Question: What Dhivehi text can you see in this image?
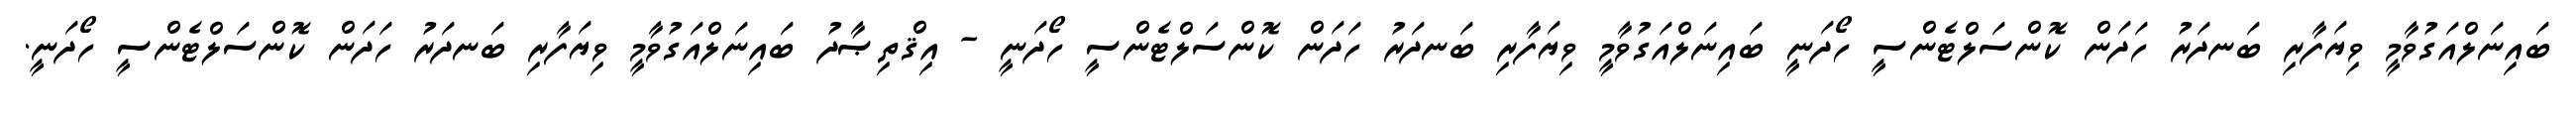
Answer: ބައިނަލްއަގުވާމީ ވިޔަފާރި ބަނދަރު ހަދަން ކޮންސަލްޓެންސީ ހޯދަނީ ބައިނަލްއަގުވާމީ ވިޔަފާރި ބަނދަރު ހަދަން ކޮންސަލްޓެންސީ ހޯދަނީ - އިޤްތިޞާދު ބައިނަލްއަގުވާމީ ވިޔަފާރި ބަނދަރު ހަދަން ކޮންސަލްޓެންސީ ހޯދަނީ.